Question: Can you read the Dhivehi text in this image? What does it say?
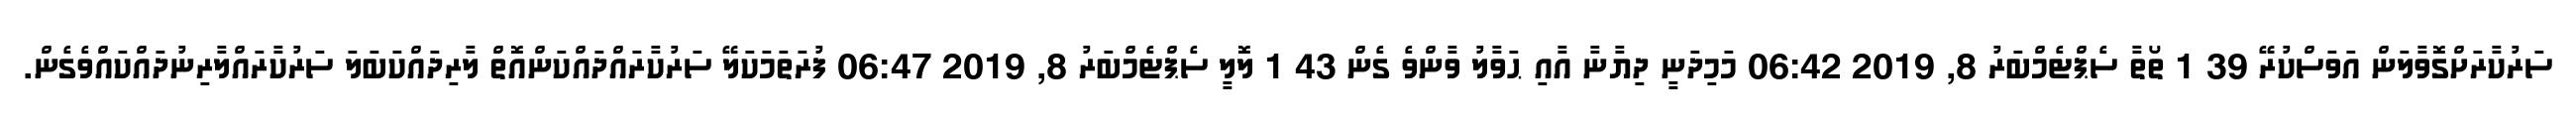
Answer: ސަރުކާރަށްގޮވާލަން އަވަސްކުރޭ 39 1 ތޯތާ ސެޕްޓެމްބަރު 8, 2019 06:42 މަމިދަނީ ދިޔާނާ އާއި ޙަވާލު ވާންވެ ގެން 43 1 ލޮލީ ސެޕްޓެމްބަރު 8, 2019 06:47 ފުރަތަމަކަލޭ ސަރުކާރައްދައްކަންއޮތް ލާރިދައްކަބަލަ ސަރުކާރައްލާރިނުދައްކައްވެގެން.